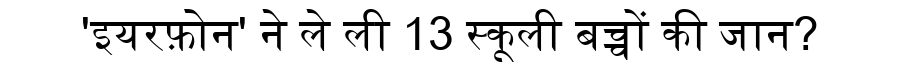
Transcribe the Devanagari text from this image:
'इयरफ़ोन' ने ले ली 13 स्कूली बच्चों की जान?